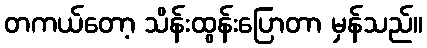
တကယ်တော့ သိန်းထွန်းပြောတာ မှန်သည်။